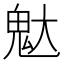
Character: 𮹒